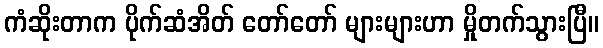
ကံဆိုးတာက ပိုက်ဆံအိတ် တော်တော် များများဟာ မှိုတက်သွားပြီ။